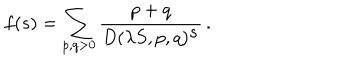
LaTeX: f ( s ) = \sum _ { p , q > 0 } \frac { p + q } { D ( \lambda S , p , q ) ^ { \textstyle s } } \, .